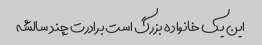
این یک خانواده بزرگ است برادرت چند سالشه